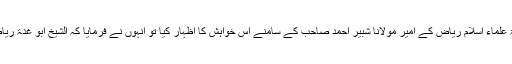
سعودی عرب کے دارالحکومت ریاض میں ایک ہفتہ کے قیام کے دوران جمعیۃ علماء اسلام ریاض کے امیر مولانا شبیر احمد صاحب کے سامنے اس خواہش کا اظہار کیا تو انہوں نے فرمایا کہ الشیخ ابو غدۃ ریاض میں ہی قیام پذیر ہیں اور وہ ان سے رابطہ کرکے ملاقات کا اہتمام کریں گے۔